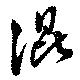
混